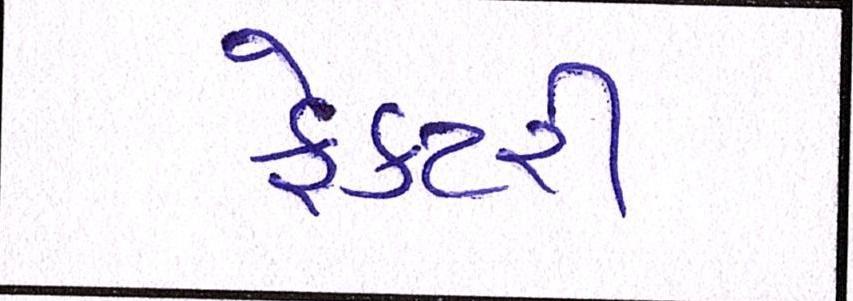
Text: ફેક્ટરી